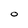
Character: O